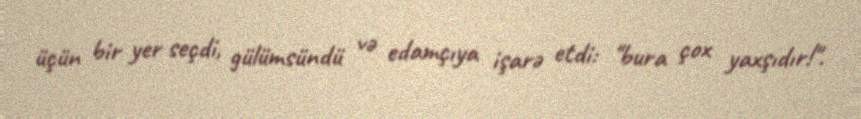
üçün bir yer seçdi, gülümsündü və edamçıya işarə etdi: "bura çox yaxşıdır!".